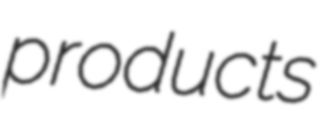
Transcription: products